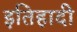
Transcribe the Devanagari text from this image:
इतिहादी